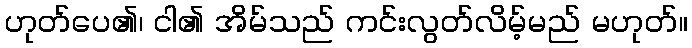
ဟုတ်ပေ၏၊ ငါ၏ အိမ်သည် ကင်းလွတ်လိမ့်မည် မဟုတ်။